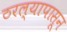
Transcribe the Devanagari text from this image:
ठरल्यापासून